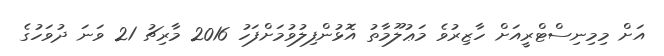
އަށް މިމިނިސްޓްރީއަށް ހާޒިރުވެ މަޢުލޫމާތު އޮޅުންފިލުވުމަށްފަހު 2016 މާރިޗު 21 ވަނަ ދުވަހުގެ